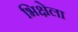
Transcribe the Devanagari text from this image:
भिक्षेला